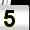
Digit: 5